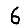
Digit: 6